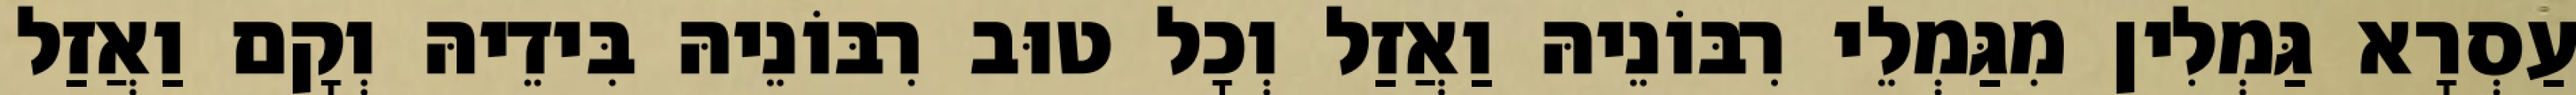
עַסְרָא גַּמְלִין מִגַּמְלֵי רִבּוֹנֵיהּ וַאֲזַל וְכָל טוּב רִבּוֹנֵיהּ בִּידֵיהּ וְקָם וַאֲזַל